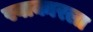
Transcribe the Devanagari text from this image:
स्वाकारला